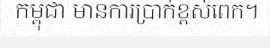
កម្ពុជា មានការប្រាក់ខ្ពស់ពេក។